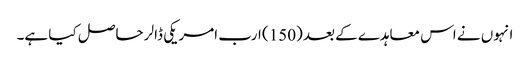
انہوں نے اس معاہدے کے بعد (150) ارب امریکی ڈالر حاصل کیا ہے۔